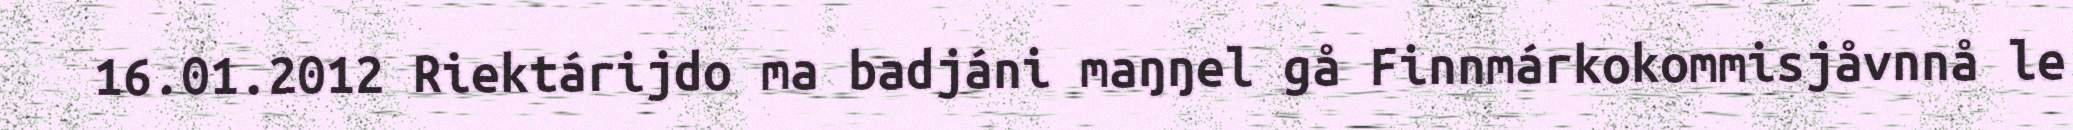
16.01.2012 Riektárijdo ma badjáni maŋŋel gå Finnmárkokommisjåvnnå le